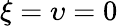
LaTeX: \xi=\upsilon=0